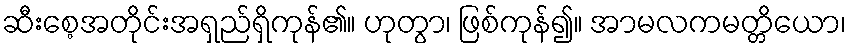
ဆီးစေ့အတိုင်းအရှည်ရှိကုန်၏။ ဟုတွာ၊ ဖြစ်ကုန်၍။ အာမလကမတ္တိယော၊